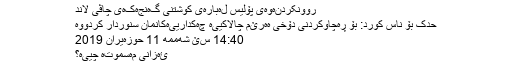
روونکردنەوەى پۆلیس لەبارەى کوشتنى گەنجەکەى چاڤى لاند
حدک بۆ ناس کورد: بۆ ڕەچاوکردنی دۆخی هەرێم چالاکییە چەکدارییەکانمان سنوردار کردووە
14:40 سێ شه‌ممه‌ 11 حوزه‌یران 2019
ئەزانی مەسموتە چییە؟